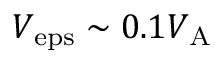
V _ { \mathrm { e p s } } \sim 0 . 1 V _ { \mathrm { A } }